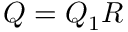
\textstyle Q = Q _ { 1 } R